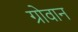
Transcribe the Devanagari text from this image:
ग्रोवान